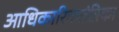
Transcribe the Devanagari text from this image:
आधिकारिकतंत्रिका